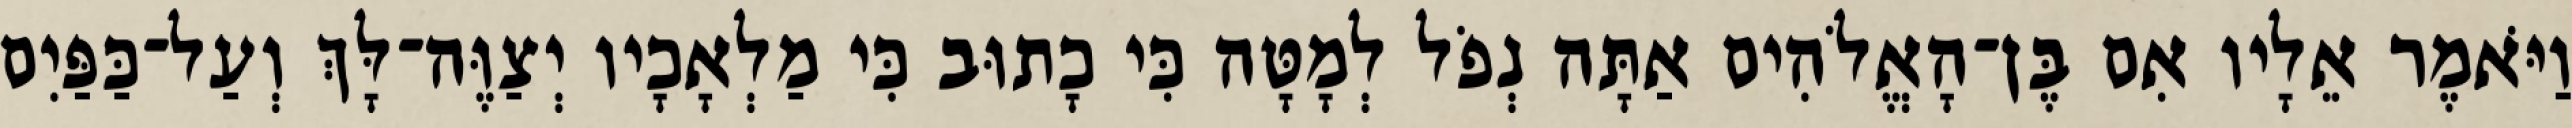
וַיֹּאמֶר אֵלָיו אִם בֶּן־הָאֱלֹהִים אַתָּה נְפֹל לְמָטָּה כִּי כָתוּב כִּי מַלְאָכָיו יְצַוֶּה־לָּךְ וְעַל־כַּפַּיִם